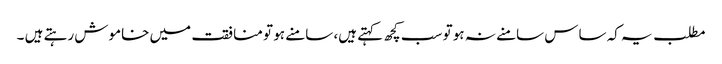
مطلب یہ کہ ساس سامنے نہ ہو تو سب کچھ کہتے ہیں، سامنے ہو تو منافقت میں خاموش رہتے ہیں ۔